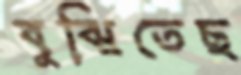
বুঝিতেছ